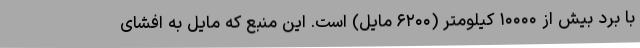
با برد بیش از ۱۰۰۰۰ کیلومتر (۶۲۰۰ مایل) است. این منبع که مایل به افشای